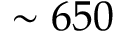
\sim 6 5 0